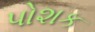
પોશક